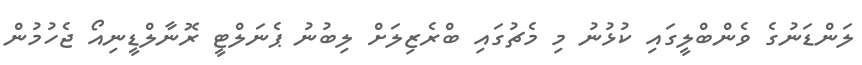
ލަންޑަނުގެ ވެންބްލީގައި ކުޅުނު މި މެޗުގައި ބްރެޒިލަށް ލިބުނު ޕެނަލްޓީ ރޮނާލްޑީނިއޯ ޖެހުމުން